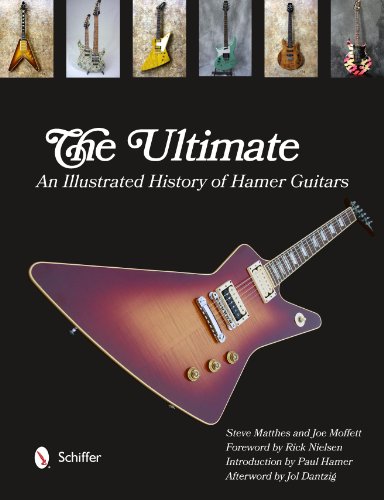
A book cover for The Ultimate Hamer Guitars: An Illustrated History; Steve Matthes; Crafts, Hobbies & Home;